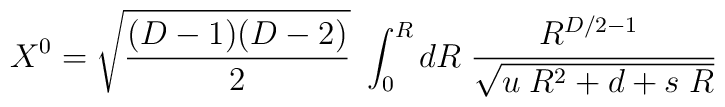
X^0 = \sqrt{{(D-1)(D-2)}\over 2}~\int_0^R dR \; {{R^{D/2-1}} ~\over {\sqrt{ u \; R^2  + d + s\; R}}}